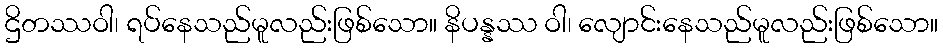
ဌိတဿဝါ၊ ရပ်နေသည်မူလည်းဖြစ်သော။ နိပန္နဿ ဝါ၊ လျောင်းနေသည်မူလည်းဖြစ်သော။